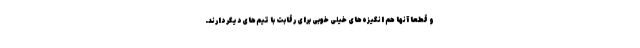
و قطعا آنها هم انگیزه‌های خیلی خوبی برای رقابت با تیم‌های دیگر دارند.